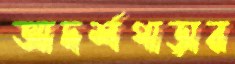
আদর্শপাড়ার